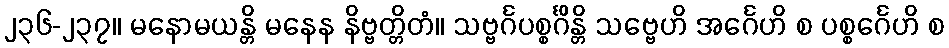
၂၃၆-၂၃၇။ မနောမယန္တိ မနေန နိဗ္ဗတ္တိတံ။ သဗ္ဗင်္ဂပစ္စင်္ဂိန္တိ သဗ္ဗေဟိ အင်္ဂေဟိ စ ပစ္စင်္ဂေဟိ စ